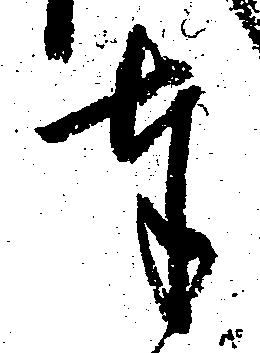
奉